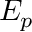
E _ { p }